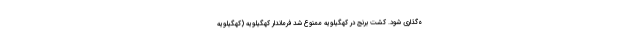
ه‌گذاری شود. کشت برنج در کهگیلویه ممنوع شد فرماندار کهگیلویه (کهگیلویه